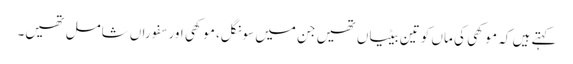
کہتے ہیں کہ موکھی کی ماں کو تین بیٹیاں تھیں جن میں سونگل، موکھی اور سفوراں شامل تھیں۔